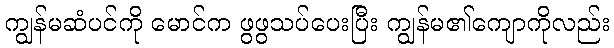
ကျွန်မဆံပင်ကို မောင်က ဖွဖွသပ်ပေးပြီး ကျွန်မ၏ကျောကိုလည်း